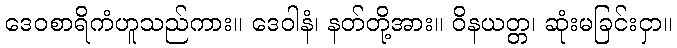
ဒေဝစာရိကံဟူသည်ကား။ ဒေဝါနံ၊ နတ်တို့အား။ ဝိနယတ္တ၊ ဆုံးမခြင်းငှာ။